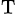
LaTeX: _\textrm{T}